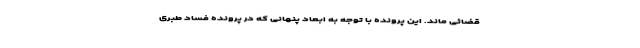
قضائی ماند. این پرونده با توجه به ابعاد پنهانی که در پرونده فساد طبری